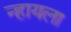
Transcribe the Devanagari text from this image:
न्हायला